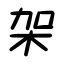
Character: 架